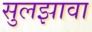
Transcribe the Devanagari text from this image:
सुलझावा